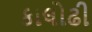
કાલોઢી